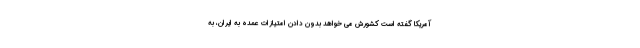
آمریکا گفته است کشورش می خواهد بدون دادن امتیازات عمده به ایران، به